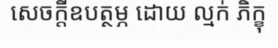
សេចក្តីឧបត្ថម្ភ ដោយ ល្មក់ ភិក្ខុ